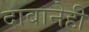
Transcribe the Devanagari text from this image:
दाबानेही